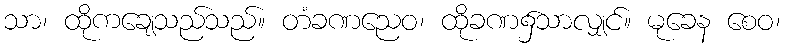
သာ၊ ထိုကချေသည်သည်။ တံခဏညေဝ၊ ထိုခဏ၌သာလျှင်။ မုခေန စေဝ၊